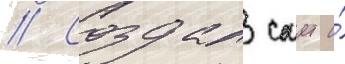
// Создал саит и́